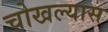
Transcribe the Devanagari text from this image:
चोखल्यास